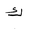
Letter: _kaf